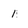
Character: 1